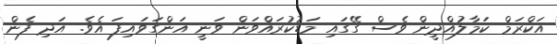
އަކްރަމް ކަމާލުއްދީން ވެސް ގޭގައި މަޑުކުރައްވަން ވަނީ އަންގަވައިފަ އެވެ. އަދި ފެން